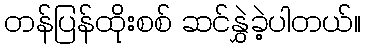
တန်ပြန်ထိုးစစ် ဆင်နွှဲခဲ့ပါတယ်။